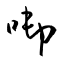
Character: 啣